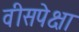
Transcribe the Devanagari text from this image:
वीसपेक्षा